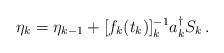
LaTeX: \begin{align*}\eta_k=\eta_{k-1} + [f_k(t_k)]^{-1}_k a_k^\dagger S_k \, .\end{align*}